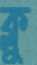
ক্লু